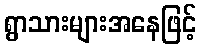
ရွာသားများအနေဖြင့်